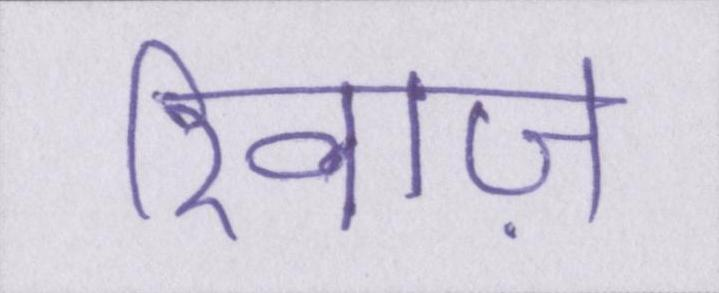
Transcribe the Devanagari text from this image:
रिवाज़